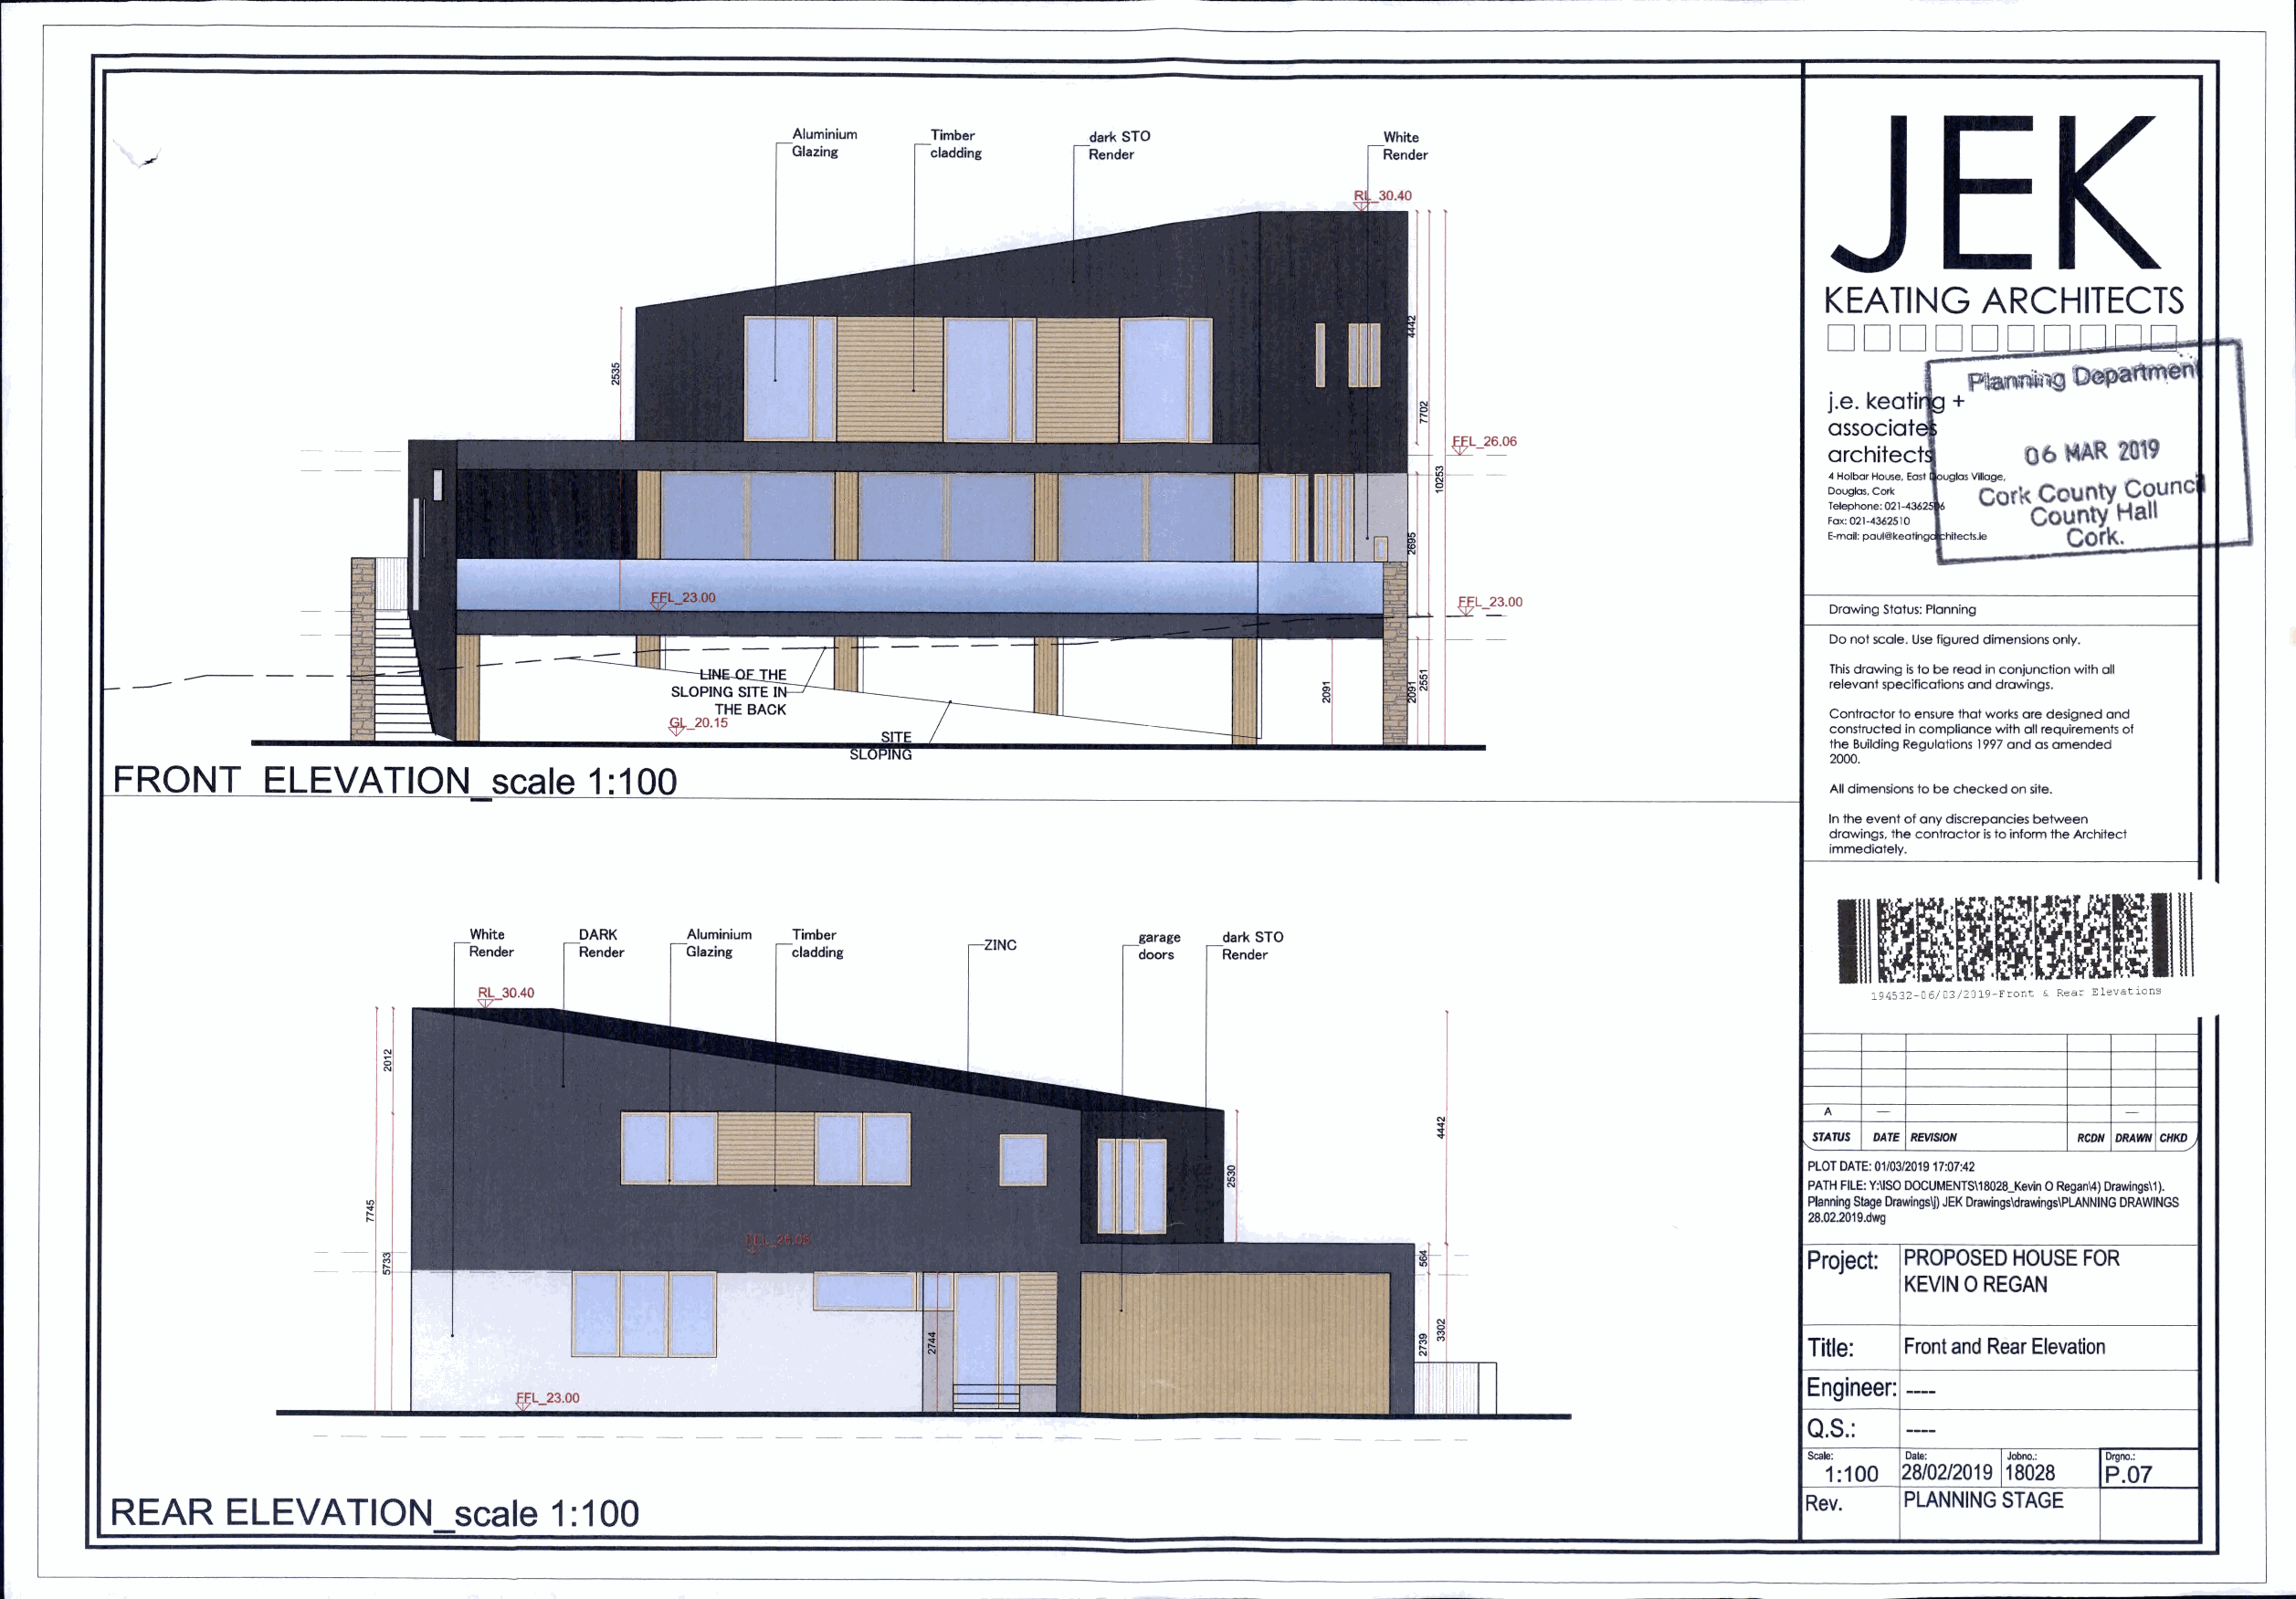
Aluminium Timber
 Glazing   cladding
 KEATING     ARCHITECTS
 DDDDDD
 or???'"
 PIIM??
 j.e. keati +
 associat
 architect     06  ?R 20'\9
 -4 Holber House. East uglas Vilage. .
 Douglas. Corle Cork County Counc
 Telephone: 021-436 6 Hall
 County
 Fax: 021-4362510
 hitects.1e Cork..
 Drawing Status: Planning
 Da not scale. Use figured dimensions only.
 This drawing is to be read in conjunction with all
 -  ---                                                                                                                     relevant specificotions and drawings.
 Contractor to ensure that works are designed and
 constructed in compliance with all requirements of
 the Building Regulations 1997 and as amended
 2000.
 FRONT      ELEVATION        scale  1:100
 All dimensions to be checked on site.
 In the event of any discrepancies between
 drawings. the contractor is to inform the Architect
 immediately.
 A
 STATUS DATE REVISION RCDN DRAWN CHKD
 PLOT DATE: 01/03/2019 17:07:42
 PATH FILE: Y:IISO DOCUMENTSI18028_Kevin 0 Regan\4} Drawingsl1}.
 Planning Stage Drawingslj) JEK DrawingsldrawingslPLANNING DRAWINGS
 28.02.2019.dwg
 Project: PROPOSED HOUSE FOR
 KEVIN 0 REGAN
 Title: Front and Rear Elevation
 Engineer:
 a.s.:
 Scale: Dale:  Jobno.: Orgno.:
 1:100 28/02/2019 18028 P.O?
 Rev.   PLANNING STAGE
 REAR    ELEVATION        scale  1:100